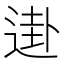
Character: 𰻀